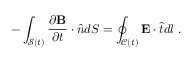
- \int _ { \mathcal { S } ( t ) } \frac { \partial \mathbf { B } } { \partial t } \cdot \hat { \boldsymbol { n } } d S = \oint _ { \mathcal { C } ( t ) } \mathbf { E } \cdot \hat { \boldsymbol { t } } d l ~ .